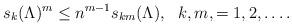
LaTeX: \begin{align*}s_{k}(\Lambda)^{m} \leq n^{m-1}s_{km}(\Lambda),~~ k,m,=1,2,\ldots.\end{align*}